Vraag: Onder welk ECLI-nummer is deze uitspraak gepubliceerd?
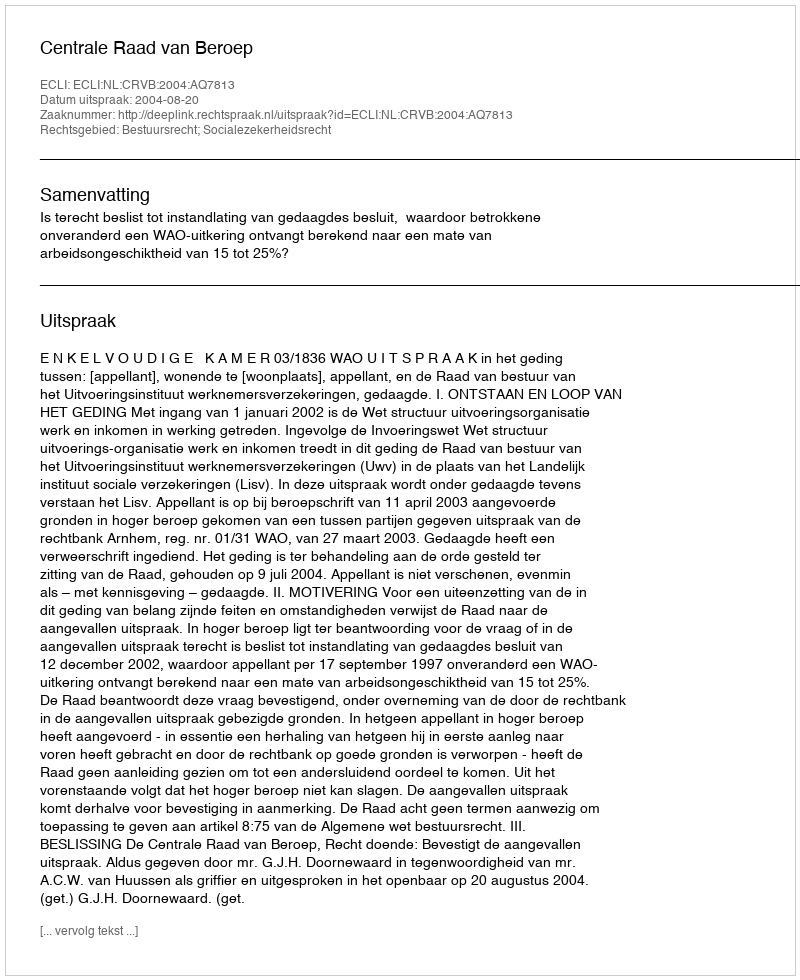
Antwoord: ECLI:NL:CRVB:2004:AQ7813